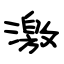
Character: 激